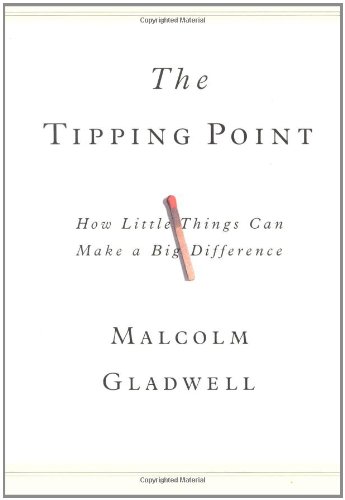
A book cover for The Tipping Point: How Little Things Can Make a Big Difference; Malcolm Gladwell; Literature & Fiction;